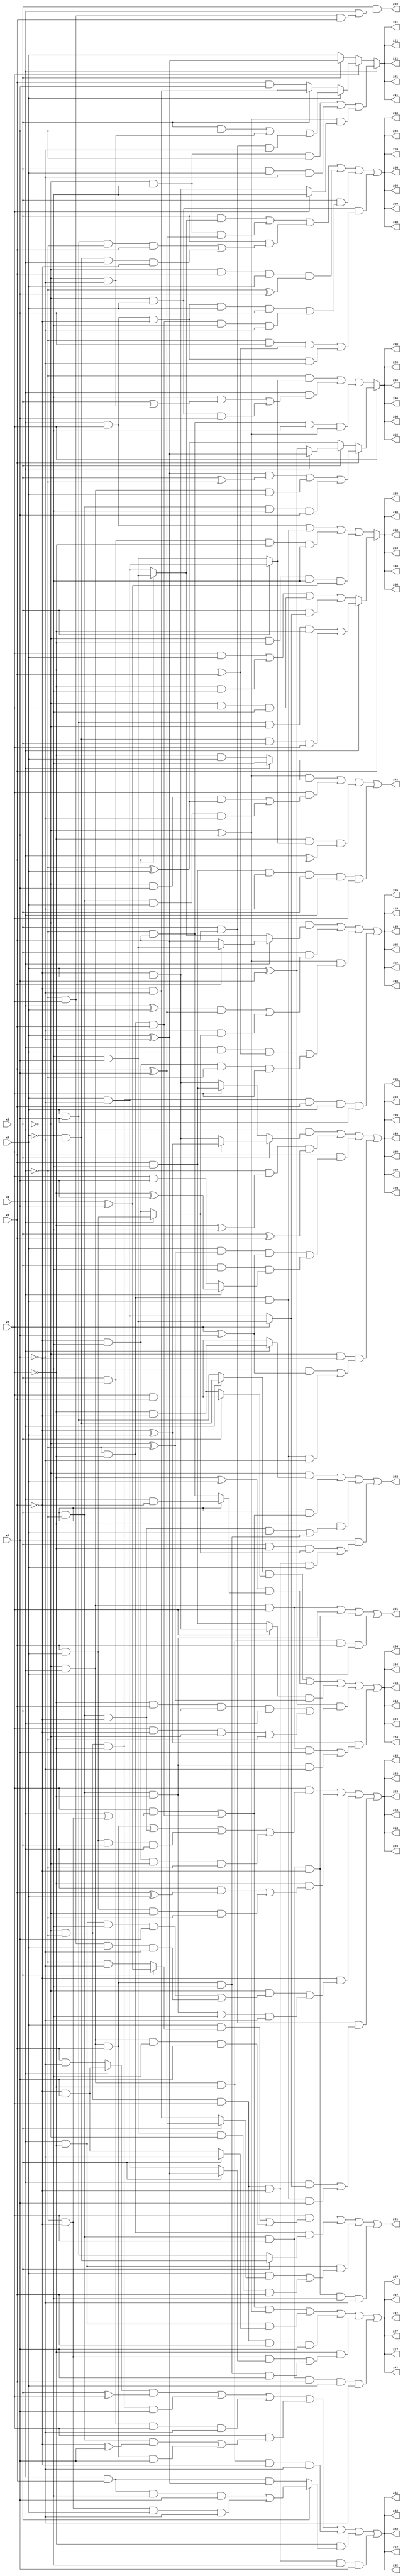
// Benchmark "q_10" written by ABC on Tue Jul 11 03:54:54 2023

module q_10 ( 
    x0, x1, x2, x3, x4, x5,
    z00, z01, z02, z03, z04, z05, z06, z07, z08, z09, z10, z11, z12, z13,
    z14, z15, z16, z17, z18, z19, z20, z21, z22, z23, z24, z25, z26, z27,
    z28, z29, z30, z31, z32, z33, z34, z35, z36, z37, z38, z39, z40, z41,
    z42, z43, z44, z45, z46, z47, z48, z49, z50, z51, z52, z53, z54, z55,
    z56, z57, z58, z59, z60, z61, z62, z63, z64  );
  input  x0, x1, x2, x3, x4, x5;
  output z00, z01, z02, z03, z04, z05, z06, z07, z08, z09, z10, z11, z12, z13,
    z14, z15, z16, z17, z18, z19, z20, z21, z22, z23, z24, z25, z26, z27,
    z28, z29, z30, z31, z32, z33, z34, z35, z36, z37, z38, z39, z40, z41,
    z42, z43, z44, z45, z46, z47, z48, z49, z50, z51, z52, z53, z54, z55,
    z56, z57, z58, z59, z60, z61, z62, z63, z64;
  assign z00 = x0 & (x1 | (~x1 & x2 & x3));
  assign z01 = (~x0 & x1 & x2) | (x0 & ~x1 & ~x2) | (x0 & ~x1 & x2 & ~x3) | (~x0 & x1 & ~x2 & x3 & x4);
  assign z02 = (~x0 & (x1 ? (~x2 & ~x3) : (x2 & x3))) | (x0 & ((x2 & (x1 | (~x1 & ~x3))) | (~x1 & ~x2 & x3))) | (~x2 & ((x0 & ~x1 & ~x3 & x4) | (~x0 & x1 & x3 & ~x4))) | (x5 & ((x0 & ~x2 & (x1 ? (x3 & x4) : (~x3 & ~x4))) | (~x0 & ~x1 & x2 & ~x3 & x4)));
  assign z03 = (x2 & ((~x0 & x1 & x3) | (x0 & ~x1 & ~x3) | (x3 & x4 & x0 & x1) | (~x3 & ~x4 & ~x0 & ~x1))) | (~x2 & ((x1 & (x3 ^ x4)) | (x3 & x4 & ~x0 & ~x1))) | (~x3 & ((~x0 & ((x1 & ~x2 & ~x4 & x5) | (~x1 & x2 & x4 & ~x5))) | (x0 & ~x1 & ~x2 & ~x4 & ~x5))) | (x0 & x3 & ((x1 & (x2 ? (~x4 & x5) : (x4 & ~x5))) | (~x1 & ~x2 & x4 & x5)));
  assign z04 = ((x1 ? (~x4 & ~x5) : (x4 & x5)) & (x0 ? (x2 & x3) : (~x2 & ~x3))) | ((~x2 ^ x4) & (x0 ? (x1 & ~x3) : (~x1 & x3))) | ((x2 ? (~x3 & x4) : (x3 & ~x4)) & (~x0 ^ ~x1)) | ((x4 ^ x5) & ((~x2 & x3 & x0 & x1) | (x2 & ~x3 & ~x0 & ~x1))) | ((~x3 ^ x4) & ((~x0 & x1 & x2 & x5) | (x0 & ~x1 & ~x2 & ~x5)));
  assign z05 = (~x0 & (x1 ? (x3 ? (~x4 & x5) : (x4 ^ ~x5)) : (x3 ? (~x4 & x5) : (x4 & ~x5)))) | (x0 & (((x1 ^ x4) & (x3 ^ x5)) | (~x5 & (x1 ? (x3 & x4) : (~x3 & ~x4))))) | ((~x0 ^ x5) & ((x1 & x4 & (~x2 ^ x3)) | (~x3 & ~x4 & ~x1 & x2))) | (~x0 & ~x1 & ~x2 & x3 & x4 & x5);
  assign z06 = x2 ? (x3 ? (((x4 ^ ~x5) & (x0 ^ ~x1)) | (~x0 & x1 & x4) | (x0 & ~x1 & ~x4 & x5)) : (x0 ? (x1 ? (x4 ^ ~x5) : (x4 ^ x5)) : (~x1 ^ x4))) : ((~x1 & (x0 ? (x4 & ~x5) : (~x4 & x5))) | (x1 & ((~x4 & (x0 | (~x0 & ~x5))) | (~x0 & x4 & x5))) | (~x1 & x3 & ~x4 & (~x0 ^ x5)));
  assign z07 = (((x2 & (x1 | (~x1 & ~x3))) | (~x1 & ~x2 & x3)) & (~x0 ^ x5)) | (x1 & ~x2 & (x0 ? ~x5 : (~x3 & x5))) | (~x0 & ~x1 & x2 & x3 & x5) | (~x2 & ((~x1 & ~x3 & (x0 ? (x4 ^ ~x5) : (x4 & ~x5))) | (~x0 & x1 & x3 & ~x4 & x5))) | (x0 & ~x1 & x2 & x3 & x4 & ~x5);
  assign z08 = x3 ? (x1 ? ((x4 & x5 & ~x0 & ~x2) | (~x4 & ~x5 & x0 & x2)) : ((x2 & x4) | (~x2 & ~x4) | (~x0 & x2 & ~x4) | (x0 & (x2 ? (~x4 & x5) : (x4 & ~x5))))) : ((x1 & x2) | (~x1 & ~x2 & x4) | (x0 & x1 & ~x2 & ~x4) | (~x0 & ~x2 & ~x4 & (x1 ^ x5)));
  assign z09 = (x1 & (x0 ? (x2 ? (~x3 ^ x4) : (~x3 & x4)) : (x2 ? (x3 & ~x4) : (~x3 & x4)))) | (~x1 & (~x2 ^ ~x4) & (x0 ^ x3)) | (x3 & ((x4 & (~x0 ^ ~x1) & (x2 ^ x5)) | (x0 & ~x4 & (x1 ? (~x2 ^ x5) : (x2 & x5))))) | (~x0 & ~x3 & ((~x4 & (x2 ^ x5)) | (~x1 & ~x2 & x4 & ~x5)));
  assign z10 = (x0 & (x3 ? (~x4 & x5) : (x4 & ~x5))) | (~x0 & ~x4 & (x3 ^ x5)) | (x0 & ((x4 & x5 & ~x1 & x3) | (~x4 & ~x5 & x1 & ~x3))) | (~x0 & x3 & x4 & (~x1 ^ x5)) | (x0 & ((x1 & x2 & ~x3 & x4 & x5) | (~x1 & ~x2 & x3 & ~x4 & ~x5))) | (~x0 & x4 & ((~x1 & x5 & (~x2 ^ x3)) | (x1 & x2 & ~x3 & ~x5)));
  assign z11 = x1 ? ((~x0 & ~x4 & x5) | (x0 & x4 & ~x5) | ((~x0 ^ x5) & (x2 ? ~x4 : (~x3 & x4)))) : (x2 ? (x4 ? ((x0 & x5) | (~x0 & ~x5) | (x0 & x3 & ~x5)) : (x0 ? (~x3 & ~x5) : (x3 & x5))) : (x0 ? (x4 ^ ~x5) : x4));
  assign z12 = ((x1 ? (~x3 & x5) : (x3 & ~x5)) & (x0 ^ x2)) | (~x0 & ~x1 & ~x2 & x5) | (x0 & x1 & x2 & ~x5) | (x2 & ((x0 & ~x1 & (~x3 ^ x5)) | (~x0 & x1 & x3 & x5))) | (~x0 & x1 & ~x2 & ~x3 & ~x5) | (~x2 & (x0 ? ((x1 & x3 & ~x4 & x5) | (~x1 & ~x3 & x4 & ~x5)) : (x1 & x3 & (x4 ^ ~x5)))) | (~x0 & ~x1 & x2 & ~x3 & ~x4 & x5);
  assign z13 = (x2 & ((~x0 & x1 & x3) | (x0 & ~x1 & ~x3) | (x3 & x4 & x0 & x1) | (~x3 & ~x4 & ~x0 & ~x1))) | (~x2 & ((x1 & (x3 ^ x4)) | (x3 & x4 & ~x0 & ~x1))) | (~x3 & ((~x0 & ((x1 & ~x2 & ~x4 & x5) | (~x1 & x2 & x4 & ~x5))) | (x0 & ~x1 & ~x2 & ~x4 & ~x5))) | (x0 & x3 & ((x1 & (x2 ? (~x4 & x5) : (x4 & ~x5))) | (~x1 & ~x2 & x4 & x5)));
  assign z14 = ((x1 ? (~x4 & ~x5) : (x4 & x5)) & (x0 ? (x2 & x3) : (~x2 & ~x3))) | ((~x2 ^ x4) & (x0 ? (x1 & ~x3) : (~x1 & x3))) | ((x2 ? (~x3 & x4) : (x3 & ~x4)) & (~x0 ^ ~x1)) | ((x4 ^ x5) & ((~x2 & x3 & x0 & x1) | (x2 & ~x3 & ~x0 & ~x1))) | ((~x3 ^ x4) & ((~x0 & x1 & x2 & x5) | (x0 & ~x1 & ~x2 & ~x5)));
  assign z15 = (~x0 & (x1 ? (x3 ? (~x4 & x5) : (x4 ^ ~x5)) : (x3 ? (~x4 & x5) : (x4 & ~x5)))) | (x0 & (((x1 ^ x4) & (x3 ^ x5)) | (~x5 & (x1 ? (x3 & x4) : (~x3 & ~x4))))) | ((~x0 ^ x5) & ((x1 & x4 & (~x2 ^ x3)) | (~x3 & ~x4 & ~x1 & x2))) | (~x0 & ~x1 & ~x2 & x3 & x4 & x5);
  assign z16 = x2 ? (x3 ? (((x4 ^ ~x5) & (x0 ^ ~x1)) | (~x0 & x1 & x4) | (x0 & ~x1 & ~x4 & x5)) : (x0 ? (x1 ? (x4 ^ ~x5) : (x4 ^ x5)) : (~x1 ^ x4))) : ((~x1 & (x0 ? (x4 & ~x5) : (~x4 & x5))) | (x1 & ((~x4 & (x0 | (~x0 & ~x5))) | (~x0 & x4 & x5))) | (~x1 & x3 & ~x4 & (~x0 ^ x5)));
  assign z17 = (((x2 & (x1 | (~x1 & ~x3))) | (~x1 & ~x2 & x3)) & (~x0 ^ x5)) | (x1 & ~x2 & (x0 ? ~x5 : (~x3 & x5))) | (~x0 & ~x1 & x2 & x3 & x5) | (~x2 & ((~x1 & ~x3 & (x0 ? (x4 ^ ~x5) : (x4 & ~x5))) | (~x0 & x1 & x3 & ~x4 & x5))) | (x0 & ~x1 & x2 & x3 & x4 & ~x5);
  assign z18 = x3 ? (x1 ? ((x4 & x5 & ~x0 & ~x2) | (~x4 & ~x5 & x0 & x2)) : ((x2 & x4) | (~x2 & ~x4) | (~x0 & x2 & ~x4) | (x0 & (x2 ? (~x4 & x5) : (x4 & ~x5))))) : ((x1 & x2) | (~x1 & ~x2 & x4) | (x0 & x1 & ~x2 & ~x4) | (~x0 & ~x2 & ~x4 & (x1 ^ x5)));
  assign z19 = (x1 & (x0 ? (x2 ? (~x3 ^ x4) : (~x3 & x4)) : (x2 ? (x3 & ~x4) : (~x3 & x4)))) | (~x1 & (~x2 ^ ~x4) & (x0 ^ x3)) | (x3 & ((x4 & (~x0 ^ ~x1) & (x2 ^ x5)) | (x0 & ~x4 & (x1 ? (~x2 ^ x5) : (x2 & x5))))) | (~x0 & ~x3 & ((~x4 & (x2 ^ x5)) | (~x1 & ~x2 & x4 & ~x5)));
  assign z20 = (x0 & (x3 ? (~x4 & x5) : (x4 & ~x5))) | (~x0 & ~x4 & (x3 ^ x5)) | (x0 & ((x4 & x5 & ~x1 & x3) | (~x4 & ~x5 & x1 & ~x3))) | (~x0 & x3 & x4 & (~x1 ^ x5)) | (x0 & ((x1 & x2 & ~x3 & x4 & x5) | (~x1 & ~x2 & x3 & ~x4 & ~x5))) | (~x0 & x4 & ((~x1 & x5 & (~x2 ^ x3)) | (x1 & x2 & ~x3 & ~x5)));
  assign z21 = x1 ? ((~x0 & ~x4 & x5) | (x0 & x4 & ~x5) | ((~x0 ^ x5) & (x2 ? ~x4 : (~x3 & x4)))) : (x2 ? (x4 ? ((x0 & x5) | (~x0 & ~x5) | (x0 & x3 & ~x5)) : (x0 ? (~x3 & ~x5) : (x3 & x5))) : (x0 ? (x4 ^ ~x5) : x4));
  assign z22 = ((x1 ? (~x3 & x5) : (x3 & ~x5)) & (x0 ^ x2)) | (~x0 & ~x1 & ~x2 & x5) | (x0 & x1 & x2 & ~x5) | (x2 & ((x0 & ~x1 & (~x3 ^ x5)) | (~x0 & x1 & x3 & x5))) | (~x0 & x1 & ~x2 & ~x3 & ~x5) | (~x2 & (x0 ? ((x1 & x3 & ~x4 & x5) | (~x1 & ~x3 & x4 & ~x5)) : (x1 & x3 & (x4 ^ ~x5)))) | (~x0 & ~x1 & x2 & ~x3 & ~x4 & x5);
  assign z23 = (x2 & ((~x0 & x1 & x3) | (x0 & ~x1 & ~x3) | (x3 & x4 & x0 & x1) | (~x3 & ~x4 & ~x0 & ~x1))) | (~x2 & ((x1 & (x3 ^ x4)) | (x3 & x4 & ~x0 & ~x1))) | (~x3 & ((~x0 & ((x1 & ~x2 & ~x4 & x5) | (~x1 & x2 & x4 & ~x5))) | (x0 & ~x1 & ~x2 & ~x4 & ~x5))) | (x0 & x3 & ((x1 & (x2 ? (~x4 & x5) : (x4 & ~x5))) | (~x1 & ~x2 & x4 & x5)));
  assign z24 = ((x1 ? (~x4 & ~x5) : (x4 & x5)) & (x0 ? (x2 & x3) : (~x2 & ~x3))) | ((~x2 ^ x4) & (x0 ? (x1 & ~x3) : (~x1 & x3))) | ((x2 ? (~x3 & x4) : (x3 & ~x4)) & (~x0 ^ ~x1)) | ((x4 ^ x5) & ((~x2 & x3 & x0 & x1) | (x2 & ~x3 & ~x0 & ~x1))) | ((~x3 ^ x4) & ((~x0 & x1 & x2 & x5) | (x0 & ~x1 & ~x2 & ~x5)));
  assign z25 = (~x0 & (x1 ? (x3 ? (~x4 & x5) : (x4 ^ ~x5)) : (x3 ? (~x4 & x5) : (x4 & ~x5)))) | (x0 & (((x1 ^ x4) & (x3 ^ x5)) | (~x5 & (x1 ? (x3 & x4) : (~x3 & ~x4))))) | ((~x0 ^ x5) & ((x1 & x4 & (~x2 ^ x3)) | (~x3 & ~x4 & ~x1 & x2))) | (~x0 & ~x1 & ~x2 & x3 & x4 & x5);
  assign z26 = x2 ? (x3 ? (((x4 ^ ~x5) & (x0 ^ ~x1)) | (~x0 & x1 & x4) | (x0 & ~x1 & ~x4 & x5)) : (x0 ? (x1 ? (x4 ^ ~x5) : (x4 ^ x5)) : (~x1 ^ x4))) : ((~x1 & (x0 ? (x4 & ~x5) : (~x4 & x5))) | (x1 & ((~x4 & (x0 | (~x0 & ~x5))) | (~x0 & x4 & x5))) | (~x1 & x3 & ~x4 & (~x0 ^ x5)));
  assign z27 = (((x2 & (x1 | (~x1 & ~x3))) | (~x1 & ~x2 & x3)) & (~x0 ^ x5)) | (x1 & ~x2 & (x0 ? ~x5 : (~x3 & x5))) | (~x0 & ~x1 & x2 & x3 & x5) | (~x2 & ((~x1 & ~x3 & (x0 ? (x4 ^ ~x5) : (x4 & ~x5))) | (~x0 & x1 & x3 & ~x4 & x5))) | (x0 & ~x1 & x2 & x3 & x4 & ~x5);
  assign z28 = x3 ? (x1 ? ((x4 & x5 & ~x0 & ~x2) | (~x4 & ~x5 & x0 & x2)) : ((x2 & x4) | (~x2 & ~x4) | (~x0 & x2 & ~x4) | (x0 & (x2 ? (~x4 & x5) : (x4 & ~x5))))) : ((x1 & x2) | (~x1 & ~x2 & x4) | (x0 & x1 & ~x2 & ~x4) | (~x0 & ~x2 & ~x4 & (x1 ^ x5)));
  assign z29 = (x1 & (x0 ? (x2 ? (~x3 ^ x4) : (~x3 & x4)) : (x2 ? (x3 & ~x4) : (~x3 & x4)))) | (~x1 & (~x2 ^ ~x4) & (x0 ^ x3)) | (x3 & ((x4 & (~x0 ^ ~x1) & (x2 ^ x5)) | (x0 & ~x4 & (x1 ? (~x2 ^ x5) : (x2 & x5))))) | (~x0 & ~x3 & ((~x4 & (x2 ^ x5)) | (~x1 & ~x2 & x4 & ~x5)));
  assign z30 = (x0 & (x3 ? (~x4 & x5) : (x4 & ~x5))) | (~x0 & ~x4 & (x3 ^ x5)) | (x0 & ((x4 & x5 & ~x1 & x3) | (~x4 & ~x5 & x1 & ~x3))) | (~x0 & x3 & x4 & (~x1 ^ x5)) | (x0 & ((x1 & x2 & ~x3 & x4 & x5) | (~x1 & ~x2 & x3 & ~x4 & ~x5))) | (~x0 & x4 & ((~x1 & x5 & (~x2 ^ x3)) | (x1 & x2 & ~x3 & ~x5)));
  assign z31 = x1 ? ((~x0 & ~x4 & x5) | (x0 & x4 & ~x5) | ((~x0 ^ x5) & (x2 ? ~x4 : (~x3 & x4)))) : (x2 ? (x4 ? ((x0 & x5) | (~x0 & ~x5) | (x0 & x3 & ~x5)) : (x0 ? (~x3 & ~x5) : (x3 & x5))) : (x0 ? (x4 ^ ~x5) : x4));
  assign z32 = ((x1 ? (~x3 & x5) : (x3 & ~x5)) & (x0 ^ x2)) | (~x0 & ~x1 & ~x2 & x5) | (x0 & x1 & x2 & ~x5) | (x2 & ((x0 & ~x1 & (~x3 ^ x5)) | (~x0 & x1 & x3 & x5))) | (~x0 & x1 & ~x2 & ~x3 & ~x5) | (~x2 & (x0 ? ((x1 & x3 & ~x4 & x5) | (~x1 & ~x3 & x4 & ~x5)) : (x1 & x3 & (x4 ^ ~x5)))) | (~x0 & ~x1 & x2 & ~x3 & ~x4 & x5);
  assign z33 = (x2 & ((~x0 & x1 & x3) | (x0 & ~x1 & ~x3) | (x3 & x4 & x0 & x1) | (~x3 & ~x4 & ~x0 & ~x1))) | (~x2 & ((x1 & (x3 ^ x4)) | (x3 & x4 & ~x0 & ~x1))) | (~x3 & ((~x0 & ((x1 & ~x2 & ~x4 & x5) | (~x1 & x2 & x4 & ~x5))) | (x0 & ~x1 & ~x2 & ~x4 & ~x5))) | (x0 & x3 & ((x1 & (x2 ? (~x4 & x5) : (x4 & ~x5))) | (~x1 & ~x2 & x4 & x5)));
  assign z34 = ((x1 ? (~x4 & ~x5) : (x4 & x5)) & (x0 ? (x2 & x3) : (~x2 & ~x3))) | ((~x2 ^ x4) & (x0 ? (x1 & ~x3) : (~x1 & x3))) | ((x2 ? (~x3 & x4) : (x3 & ~x4)) & (~x0 ^ ~x1)) | ((x4 ^ x5) & ((~x2 & x3 & x0 & x1) | (x2 & ~x3 & ~x0 & ~x1))) | ((~x3 ^ x4) & ((~x0 & x1 & x2 & x5) | (x0 & ~x1 & ~x2 & ~x5)));
  assign z35 = (~x0 & (x1 ? (x3 ? (~x4 & x5) : (x4 ^ ~x5)) : (x3 ? (~x4 & x5) : (x4 & ~x5)))) | (x0 & (((x1 ^ x4) & (x3 ^ x5)) | (~x5 & (x1 ? (x3 & x4) : (~x3 & ~x4))))) | ((~x0 ^ x5) & ((x1 & x4 & (~x2 ^ x3)) | (~x3 & ~x4 & ~x1 & x2))) | (~x0 & ~x1 & ~x2 & x3 & x4 & x5);
  assign z36 = x2 ? (x3 ? (((x4 ^ ~x5) & (x0 ^ ~x1)) | (~x0 & x1 & x4) | (x0 & ~x1 & ~x4 & x5)) : (x0 ? (x1 ? (x4 ^ ~x5) : (x4 ^ x5)) : (~x1 ^ x4))) : ((~x1 & (x0 ? (x4 & ~x5) : (~x4 & x5))) | (x1 & ((~x4 & (x0 | (~x0 & ~x5))) | (~x0 & x4 & x5))) | (~x1 & x3 & ~x4 & (~x0 ^ x5)));
  assign z37 = (((x2 & (x1 | (~x1 & ~x3))) | (~x1 & ~x2 & x3)) & (~x0 ^ x5)) | (x1 & ~x2 & (x0 ? ~x5 : (~x3 & x5))) | (~x0 & ~x1 & x2 & x3 & x5) | (~x2 & ((~x1 & ~x3 & (x0 ? (x4 ^ ~x5) : (x4 & ~x5))) | (~x0 & x1 & x3 & ~x4 & x5))) | (x0 & ~x1 & x2 & x3 & x4 & ~x5);
  assign z38 = x3 ? (x1 ? ((x4 & x5 & ~x0 & ~x2) | (~x4 & ~x5 & x0 & x2)) : ((x2 & x4) | (~x2 & ~x4) | (~x0 & x2 & ~x4) | (x0 & (x2 ? (~x4 & x5) : (x4 & ~x5))))) : ((x1 & x2) | (~x1 & ~x2 & x4) | (x0 & x1 & ~x2 & ~x4) | (~x0 & ~x2 & ~x4 & (x1 ^ x5)));
  assign z39 = (x1 & (x0 ? (x2 ? (~x3 ^ x4) : (~x3 & x4)) : (x2 ? (x3 & ~x4) : (~x3 & x4)))) | (~x1 & (~x2 ^ ~x4) & (x0 ^ x3)) | (x3 & ((x4 & (~x0 ^ ~x1) & (x2 ^ x5)) | (x0 & ~x4 & (x1 ? (~x2 ^ x5) : (x2 & x5))))) | (~x0 & ~x3 & ((~x4 & (x2 ^ x5)) | (~x1 & ~x2 & x4 & ~x5)));
  assign z40 = (x0 & (x3 ? (~x4 & x5) : (x4 & ~x5))) | (~x0 & ~x4 & (x3 ^ x5)) | (x0 & ((x4 & x5 & ~x1 & x3) | (~x4 & ~x5 & x1 & ~x3))) | (~x0 & x3 & x4 & (~x1 ^ x5)) | (x0 & ((x1 & x2 & ~x3 & x4 & x5) | (~x1 & ~x2 & x3 & ~x4 & ~x5))) | (~x0 & x4 & ((~x1 & x5 & (~x2 ^ x3)) | (x1 & x2 & ~x3 & ~x5)));
  assign z41 = x1 ? ((~x0 & ~x4 & x5) | (x0 & x4 & ~x5) | ((~x0 ^ x5) & (x2 ? ~x4 : (~x3 & x4)))) : (x2 ? (x4 ? ((x0 & x5) | (~x0 & ~x5) | (x0 & x3 & ~x5)) : (x0 ? (~x3 & ~x5) : (x3 & x5))) : (x0 ? (x4 ^ ~x5) : x4));
  assign z42 = ((x1 ? (~x3 & x5) : (x3 & ~x5)) & (x0 ^ x2)) | (~x0 & ~x1 & ~x2 & x5) | (x0 & x1 & x2 & ~x5) | (x2 & ((x0 & ~x1 & (~x3 ^ x5)) | (~x0 & x1 & x3 & x5))) | (~x0 & x1 & ~x2 & ~x3 & ~x5) | (~x2 & (x0 ? ((x1 & x3 & ~x4 & x5) | (~x1 & ~x3 & x4 & ~x5)) : (x1 & x3 & (x4 ^ ~x5)))) | (~x0 & ~x1 & x2 & ~x3 & ~x4 & x5);
  assign z43 = (x2 & ((~x0 & x1 & x3) | (x0 & ~x1 & ~x3) | (x3 & x4 & x0 & x1) | (~x3 & ~x4 & ~x0 & ~x1))) | (~x2 & ((x1 & (x3 ^ x4)) | (x3 & x4 & ~x0 & ~x1))) | (~x3 & ((~x0 & ((x1 & ~x2 & ~x4 & x5) | (~x1 & x2 & x4 & ~x5))) | (x0 & ~x1 & ~x2 & ~x4 & ~x5))) | (x0 & x3 & ((x1 & (x2 ? (~x4 & x5) : (x4 & ~x5))) | (~x1 & ~x2 & x4 & x5)));
  assign z44 = ((x1 ? (~x4 & ~x5) : (x4 & x5)) & (x0 ? (x2 & x3) : (~x2 & ~x3))) | ((~x2 ^ x4) & (x0 ? (x1 & ~x3) : (~x1 & x3))) | ((x2 ? (~x3 & x4) : (x3 & ~x4)) & (~x0 ^ ~x1)) | ((x4 ^ x5) & ((~x2 & x3 & x0 & x1) | (x2 & ~x3 & ~x0 & ~x1))) | ((~x3 ^ x4) & ((~x0 & x1 & x2 & x5) | (x0 & ~x1 & ~x2 & ~x5)));
  assign z45 = (~x0 & (x1 ? (x3 ? (~x4 & x5) : (x4 ^ ~x5)) : (x3 ? (~x4 & x5) : (x4 & ~x5)))) | (x0 & (((x1 ^ x4) & (x3 ^ x5)) | (~x5 & (x1 ? (x3 & x4) : (~x3 & ~x4))))) | ((~x0 ^ x5) & ((x1 & x4 & (~x2 ^ x3)) | (~x3 & ~x4 & ~x1 & x2))) | (~x0 & ~x1 & ~x2 & x3 & x4 & x5);
  assign z46 = x2 ? (x3 ? (((x4 ^ ~x5) & (x0 ^ ~x1)) | (~x0 & x1 & x4) | (x0 & ~x1 & ~x4 & x5)) : (x0 ? (x1 ? (x4 ^ ~x5) : (x4 ^ x5)) : (~x1 ^ x4))) : ((~x1 & (x0 ? (x4 & ~x5) : (~x4 & x5))) | (x1 & ((~x4 & (x0 | (~x0 & ~x5))) | (~x0 & x4 & x5))) | (~x1 & x3 & ~x4 & (~x0 ^ x5)));
  assign z47 = (((x2 & (x1 | (~x1 & ~x3))) | (~x1 & ~x2 & x3)) & (~x0 ^ x5)) | (x1 & ~x2 & (x0 ? ~x5 : (~x3 & x5))) | (~x0 & ~x1 & x2 & x3 & x5) | (~x2 & ((~x1 & ~x3 & (x0 ? (x4 ^ ~x5) : (x4 & ~x5))) | (~x0 & x1 & x3 & ~x4 & x5))) | (x0 & ~x1 & x2 & x3 & x4 & ~x5);
  assign z48 = x3 ? (x1 ? ((x4 & x5 & ~x0 & ~x2) | (~x4 & ~x5 & x0 & x2)) : ((x2 & x4) | (~x2 & ~x4) | (~x0 & x2 & ~x4) | (x0 & (x2 ? (~x4 & x5) : (x4 & ~x5))))) : ((x1 & x2) | (~x1 & ~x2 & x4) | (x0 & x1 & ~x2 & ~x4) | (~x0 & ~x2 & ~x4 & (x1 ^ x5)));
  assign z49 = (x1 & (x0 ? (x2 ? (~x3 ^ x4) : (~x3 & x4)) : (x2 ? (x3 & ~x4) : (~x3 & x4)))) | (~x1 & (~x2 ^ ~x4) & (x0 ^ x3)) | (x3 & ((x4 & (~x0 ^ ~x1) & (x2 ^ x5)) | (x0 & ~x4 & (x1 ? (~x2 ^ x5) : (x2 & x5))))) | (~x0 & ~x3 & ((~x4 & (x2 ^ x5)) | (~x1 & ~x2 & x4 & ~x5)));
  assign z50 = (x0 & (x3 ? (~x4 & x5) : (x4 & ~x5))) | (~x0 & ~x4 & (x3 ^ x5)) | (x0 & ((x4 & x5 & ~x1 & x3) | (~x4 & ~x5 & x1 & ~x3))) | (~x0 & x3 & x4 & (~x1 ^ x5)) | (x0 & ((x1 & x2 & ~x3 & x4 & x5) | (~x1 & ~x2 & x3 & ~x4 & ~x5))) | (~x0 & x4 & ((~x1 & x5 & (~x2 ^ x3)) | (x1 & x2 & ~x3 & ~x5)));
  assign z51 = x1 ? ((~x0 & ~x4 & x5) | (x0 & x4 & ~x5) | ((~x0 ^ x5) & (x2 ? ~x4 : (~x3 & x4)))) : (x2 ? (x4 ? ((x0 & x5) | (~x0 & ~x5) | (x0 & x3 & ~x5)) : (x0 ? (~x3 & ~x5) : (x3 & x5))) : (x0 ? (x4 ^ ~x5) : x4));
  assign z52 = ((x1 ? (~x3 & x5) : (x3 & ~x5)) & (x0 ^ x2)) | (~x0 & ~x1 & ~x2 & x5) | (x0 & x1 & x2 & ~x5) | (x2 & ((x0 & ~x1 & (~x3 ^ x5)) | (~x0 & x1 & x3 & x5))) | (~x0 & x1 & ~x2 & ~x3 & ~x5) | (~x2 & (x0 ? ((x1 & x3 & ~x4 & x5) | (~x1 & ~x3 & x4 & ~x5)) : (x1 & x3 & (x4 ^ ~x5)))) | (~x0 & ~x1 & x2 & ~x3 & ~x4 & x5);
  assign z53 = (x2 & ((~x0 & x1 & x3) | (x0 & ~x1 & ~x3) | (x3 & x4 & x0 & x1) | (~x3 & ~x4 & ~x0 & ~x1))) | (~x2 & ((x1 & (x3 ^ x4)) | (x3 & x4 & ~x0 & ~x1))) | (~x3 & ((~x0 & ((x1 & ~x2 & ~x4 & x5) | (~x1 & x2 & x4 & ~x5))) | (x0 & ~x1 & ~x2 & ~x4 & ~x5))) | (x0 & x3 & ((x1 & (x2 ? (~x4 & x5) : (x4 & ~x5))) | (~x1 & ~x2 & x4 & x5)));
  assign z54 = ((x1 ? (~x4 & ~x5) : (x4 & x5)) & (x0 ? (x2 & x3) : (~x2 & ~x3))) | ((~x2 ^ x4) & (x0 ? (x1 & ~x3) : (~x1 & x3))) | ((x2 ? (~x3 & x4) : (x3 & ~x4)) & (~x0 ^ ~x1)) | ((x4 ^ x5) & ((~x2 & x3 & x0 & x1) | (x2 & ~x3 & ~x0 & ~x1))) | ((~x3 ^ x4) & ((~x0 & x1 & x2 & x5) | (x0 & ~x1 & ~x2 & ~x5)));
  assign z55 = (~x0 & (x1 ? (x3 ? (~x4 & x5) : (x4 ^ ~x5)) : (x3 ? (~x4 & x5) : (x4 & ~x5)))) | (x0 & (((x1 ^ x4) & (x3 ^ x5)) | (~x5 & (x1 ? (x3 & x4) : (~x3 & ~x4))))) | ((~x0 ^ x5) & ((x1 & x4 & (~x2 ^ x3)) | (~x3 & ~x4 & ~x1 & x2))) | (~x0 & ~x1 & ~x2 & x3 & x4 & x5);
  assign z56 = x2 ? (x3 ? (((x4 ^ ~x5) & (x0 ^ ~x1)) | (~x0 & x1 & x4) | (x0 & ~x1 & ~x4 & x5)) : (x0 ? (x1 ? (x4 ^ ~x5) : (x4 ^ x5)) : (~x1 ^ x4))) : ((~x1 & (x0 ? (x4 & ~x5) : (~x4 & x5))) | (x1 & ((~x4 & (x0 | (~x0 & ~x5))) | (~x0 & x4 & x5))) | (~x1 & x3 & ~x4 & (~x0 ^ x5)));
  assign z57 = (((x2 & (x1 | (~x1 & ~x3))) | (~x1 & ~x2 & x3)) & (~x0 ^ x5)) | (x1 & ~x2 & (x0 ? ~x5 : (~x3 & x5))) | (~x0 & ~x1 & x2 & x3 & x5) | (~x2 & ((~x1 & ~x3 & (x0 ? (x4 ^ ~x5) : (x4 & ~x5))) | (~x0 & x1 & x3 & ~x4 & x5))) | (x0 & ~x1 & x2 & x3 & x4 & ~x5);
  assign z58 = x3 ? (x1 ? ((x4 & x5 & ~x0 & ~x2) | (~x4 & ~x5 & x0 & x2)) : ((x2 & x4) | (~x2 & ~x4) | (~x0 & x2 & ~x4) | (x0 & (x2 ? (~x4 & x5) : (x4 & ~x5))))) : ((x1 & x2) | (~x1 & ~x2 & x4) | (x0 & x1 & ~x2 & ~x4) | (~x0 & ~x2 & ~x4 & (x1 ^ x5)));
  assign z59 = (x1 & (x0 ? (x2 ? (~x3 ^ x4) : (~x3 & x4)) : (x2 ? (x3 & ~x4) : (~x3 & x4)))) | (~x1 & (~x2 ^ ~x4) & (x0 ^ x3)) | (x3 & ((x4 & (~x0 ^ ~x1) & (x2 ^ x5)) | (x0 & ~x4 & (x1 ? (~x2 ^ x5) : (x2 & x5))))) | (~x0 & ~x3 & ((~x4 & (x2 ^ x5)) | (~x1 & ~x2 & x4 & ~x5)));
  assign z60 = (x0 & (x3 ? (~x4 & x5) : (x4 & ~x5))) | (~x0 & ~x4 & (x3 ^ x5)) | (x0 & ((x4 & x5 & ~x1 & x3) | (~x4 & ~x5 & x1 & ~x3))) | (~x0 & x3 & x4 & (~x1 ^ x5)) | (x0 & ((x1 & x2 & ~x3 & x4 & x5) | (~x1 & ~x2 & x3 & ~x4 & ~x5))) | (~x0 & x4 & ((~x1 & x5 & (~x2 ^ x3)) | (x1 & x2 & ~x3 & ~x5)));
  assign z61 = (x2 & ((x4 & (x0 ? (x1 ^ x5) : (~x1 & ~x5))) | (~x0 & x1 & ~x4 & x5))) | (~x1 & ~x2 & (x0 ? (~x4 & ~x5) : (x4 & x5))) | (x1 & ~x2 & ((x4 & (x0 ? (x3 ^ x5) : (~x3 & ~x5))) | (~x4 & x5 & ~x0 & x3))) | (x0 & ~x1 & x2 & ~x3 & ~x4 & ~x5);
  assign z62 = ((~x0 ^ x5) & (x1 ? ~x4 : (~x2 & x4))) | (x2 & ((~x0 & x5 & (~x1 ^ x4)) | (x0 & ~x1 & x4 & ~x5))) | (~x2 & (x0 ? (x4 & ~x5) : (~x4 & x5)) & (x1 ^ x3)) | (x3 & ~x4 & ~x5 & x0 & x1 & x2);
  assign z63 = (x1 & (x0 ? (x2 ? (~x3 ^ x4) : (~x3 & x4)) : (x2 ? (x3 & ~x4) : (~x3 & x4)))) | (~x1 & (~x2 ^ ~x4) & (x0 ^ x3)) | (x3 & ((x4 & (~x0 ^ ~x1) & (x2 ^ x5)) | (x0 & ~x4 & (x1 ? (~x2 ^ x5) : (x2 & x5))))) | (~x0 & ~x3 & ((~x4 & (x2 ^ x5)) | (~x1 & ~x2 & x4 & ~x5)));
  assign z64 = (x0 & (x3 ? (~x4 & x5) : (x4 & ~x5))) | (~x0 & ~x4 & (x3 ^ x5)) | (x0 & ((x4 & x5 & ~x1 & x3) | (~x4 & ~x5 & x1 & ~x3))) | (~x0 & x3 & x4 & (~x1 ^ x5)) | (x0 & ((x1 & x2 & ~x3 & x4 & x5) | (~x1 & ~x2 & x3 & ~x4 & ~x5))) | (~x0 & x4 & ((~x1 & x5 & (~x2 ^ x3)) | (x1 & x2 & ~x3 & ~x5)));
endmodule